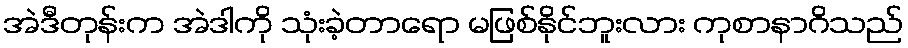
အဲဒီတုန်းက အဲဒါကို သုံးခဲ့တာရော မဖြစ်နိုင်ဘူးလား ကုစာနာဂိသည်